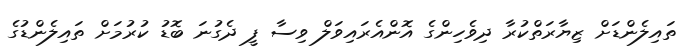
ތައިލެންޑަށް ޒިޔާރަތްކުރާ ދިވެހިންގެ އޮންއެރައިވަލް ވިސާ ފީ ދެގުނަ ބޮޑު ކުރުމަށް ތައިލެންޑުގެ